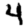
Digit: 4